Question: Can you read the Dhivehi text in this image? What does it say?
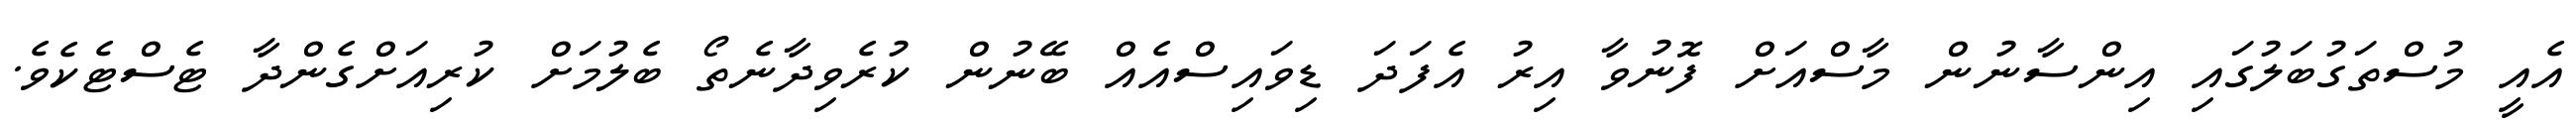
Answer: އެއީ މުސްތަގުބަލުގައި އިންސާނުން މާސްއަށް ފޮނުވާ އިރު އެފަދަ ޑިވައިސްއެއް ބޭނުން ކުރެވިދާނެތޯ ބެލުމަށް ކުރިއަށްގެންދާ ޓެސްޓެކެވެ.